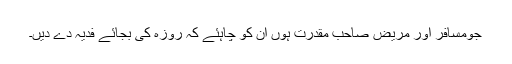
جومسافر اور مریض صاحب مقدرت ہوں ان کو چاہئے کہ روزہ کی بجائے فدیہ دے دیں۔